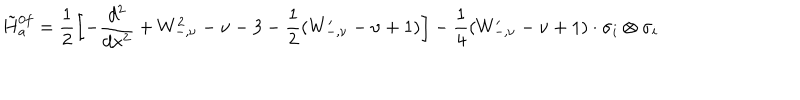
\tilde { H } { } _ { a } ^ { 0 f } = \frac { 1 } { 2 } \left[ - \frac { d ^ { 2 } } { d x ^ { 2 } } + W _ { - , \nu } ^ { 2 } - \nu - 3 - \frac { 1 } { 2 } ( W _ { - , \nu } ^ { \prime } - \nu + 1 ) \right] - \frac { 1 } { 4 } ( W _ { - , \nu } ^ { \prime } - \nu + 1 ) \cdot \sigma _ { i } \otimes \sigma _ { i }